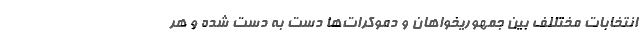
انتخابات مختللف بین جمهوریخواهان و دموکرات‌ها دست به دست شده و هر